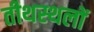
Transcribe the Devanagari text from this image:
तीथस्थलों